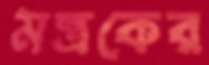
মন্ত্রকের